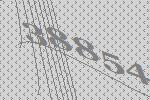
38854